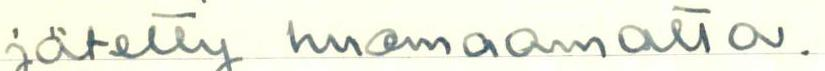
jätetty huomaamatta.